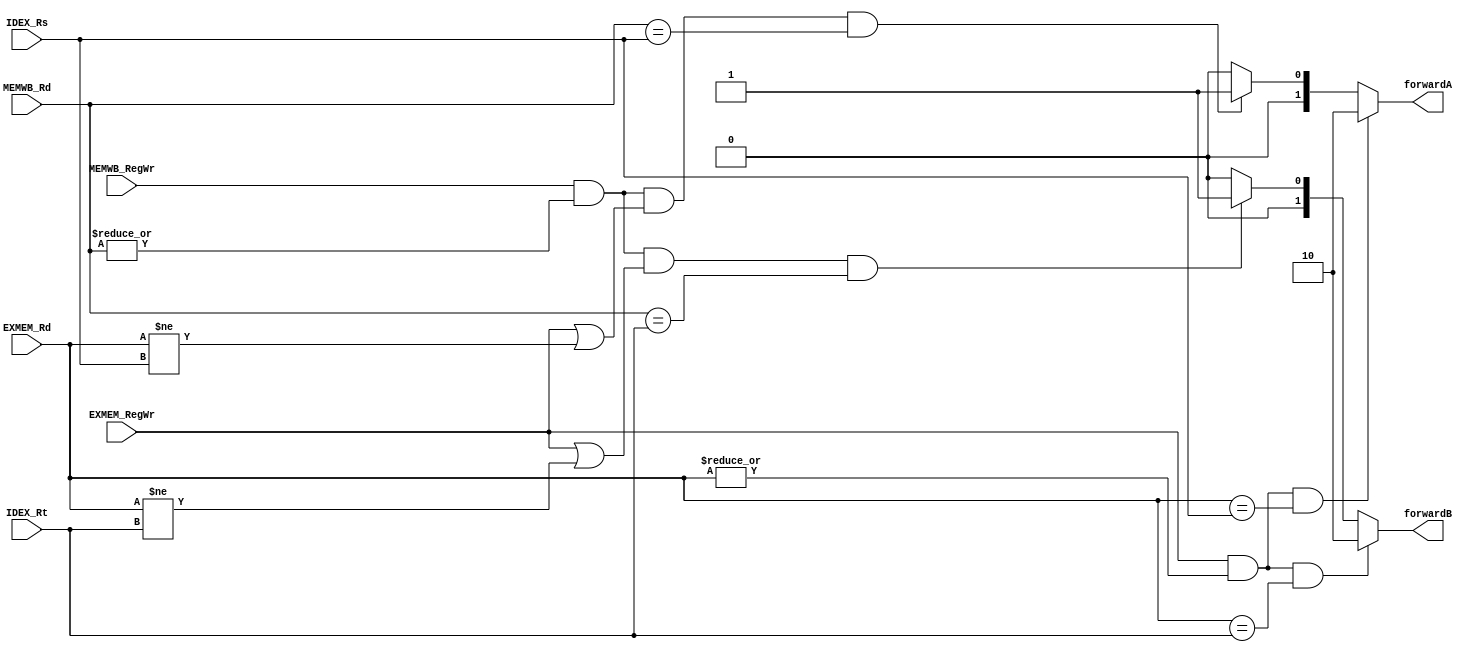
module Pipeline_Forwarding(EXMEM_RegWr,MEMWB_RegWr,EXMEM_Rd,MEMWB_Rd,IDEX_Rs,IDEX_Rt,forwardA,forwardB);
input EXMEM_RegWr,MEMWB_RegWr;
input[4:0] EXMEM_Rd,MEMWB_Rd,IDEX_Rs,IDEX_Rt; 
output reg[1:0] forwardA;
output reg[1:0] forwardB;

//forwardA  
always @(*)
begin
   if((EXMEM_RegWr)&&(|EXMEM_Rd)&&(EXMEM_Rd==IDEX_Rs)) //EX/MEM Hazard
       forwardA<=2'b10;
   else if((MEMWB_RegWr)&&(|MEMWB_Rd)&&((|EXMEM_RegWr)||(EXMEM_Rd!=IDEX_Rs))&&(MEMWB_Rd==IDEX_Rs)) //MEM/WB Hazard.
       forwardA<=2'b01; 
   else forwardA<=2'b0;
end

//forwardB
always @(*)
begin
  if((EXMEM_RegWr)&&(|EXMEM_Rd)&&(EXMEM_Rd==IDEX_Rt))  //EX/MEM Hazard
      forwardB<=2'b10;
  else if((MEMWB_RegWr)&&(|MEMWB_Rd)&&((|EXMEM_RegWr)||(EXMEM_Rd!=IDEX_Rt))&&(MEMWB_Rd==IDEX_Rt))  //MEM/WB Hazard.
        forwardB<=2'b01;
  else forwardB<=2'b0;   
end

endmodule